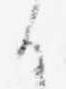
る